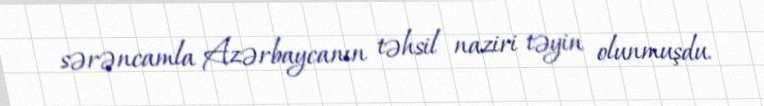
sərəncamla Azərbaycanın təhsil naziri təyin olunmuşdu.